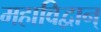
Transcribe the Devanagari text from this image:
महाविद्वान्